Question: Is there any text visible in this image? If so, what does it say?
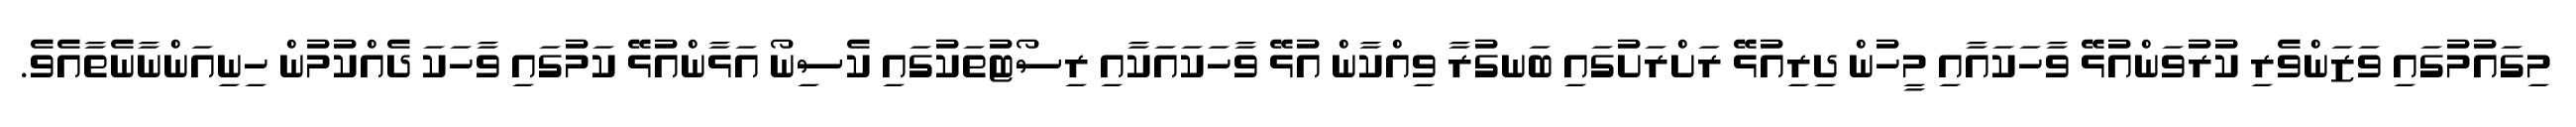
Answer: މިގައުމުގައި ވަޒަންވެރި ކުރުވަންއުޅޭ ވާހަކައާއި މީހުން ދިރިއުޅޭ ރަށްރަށުގައި ބަނގުރާ ވިއްކާން އުޅޭ ވާހަކައަކާއި ރިސޯޓުތަކުގައި ކެސިނޯ އަޅާންއުޅޭ ކަމުގައި ވާހަކަ ދެއްކުމުން ހިނިއަންނާނެތާއެވެ.